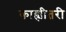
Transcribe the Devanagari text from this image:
काह्यीतरी